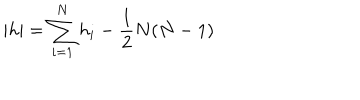
| h | = \sum _ { i = 1 } ^ { N } h _ { i } - \frac { 1 } { 2 } N ( N - 1 )